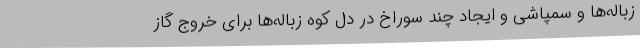
زباله‌ها و سمپاشی و ایجاد چند سوراخ در دل کوه زباله‌ها برای خروج گاز